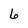
Character: 6